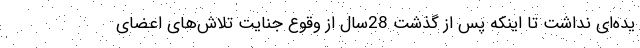
یده‌ای نداشت تا اینکه پس از گذشت 28سال از وقوع جنایت تلاش‌های اعضای